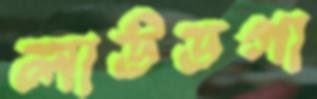
লাউডগা